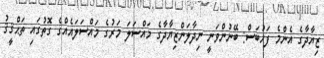
ޒިޔާދާގެ އެންމެ ފަހުބަސް: ބޭނުންވަނީ ނިދާލަންޒިޔާދާގެ މައްސަލަ މަރުގެ މައްސަލައެއްގެ ގޮތުގައި ތަޙްޤީޤު